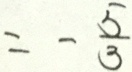
= - \frac { 5 } { 3 }